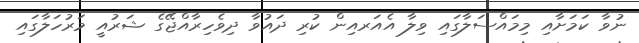
ނުވާ ކަމަށާއި މިމައްސަލާގައި ވިލާ އެއަރއިން ކުރި ދައުވާ ދިވެހިރާއްޖޭގެ ޝަރުއީ މަރުހަލާގައި